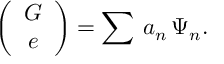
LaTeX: \left( \begin{array} { c } { { G } } \\ { { e } } \end{array} \right) = \sum \, a _ { n } \, \Psi _ { n } . \nonumber